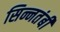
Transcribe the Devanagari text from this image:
सिन्नतंबी